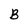
Character: B